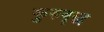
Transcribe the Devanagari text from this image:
कुरुवृद्ध